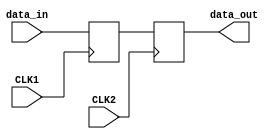
module ms_flip_flop_synchronizer (
    input wire CLK1,         // Clock signal for master flip-flop
    input wire CLK2,         // Clock signal for slave flip-flop
    input wire data_in,      // Input data to be synchronized
    output reg data_out      // Synchronized output data
);

    // Intermediate signal to hold the output of the master flip-flop
    reg master_out;

    // Master Flip-Flop: Captures data on rising edge of CLK1
    always @(posedge CLK1) begin
        master_out <= data_in; // Capture input data
    end

    // Slave Flip-Flop: Captures master output on rising edge of CLK2
    always @(posedge CLK2) begin
        data_out <= master_out; // Capture master output
    end

endmodule